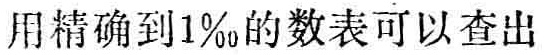
用精确到1‰的数表可以查出